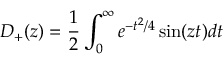
D _ { + } ( z ) = \frac { 1 } { 2 } \int _ { 0 } ^ { \infty } e ^ { - t ^ { 2 } / 4 } \sin ( z t ) d t